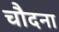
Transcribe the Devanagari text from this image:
चौदना